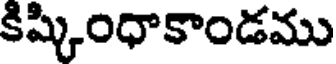
కిష్కింధాకాండము